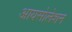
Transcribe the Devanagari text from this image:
आयसोलेशन